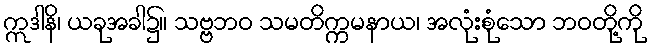
ဣဒါနိ၊ ယခုအခါ၌။ သဗ္ဗဘဝ သမတိက္ကမနာယ၊ အလုံးစုံသော ဘဝတို့ကို